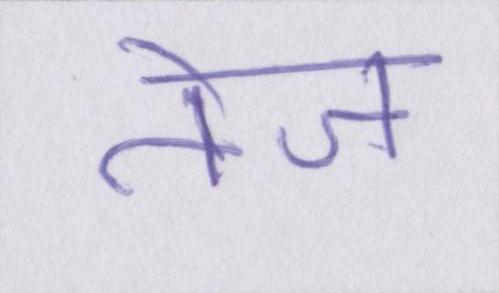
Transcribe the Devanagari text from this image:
तेज